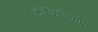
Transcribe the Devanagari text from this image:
टोर्रेफजियोन